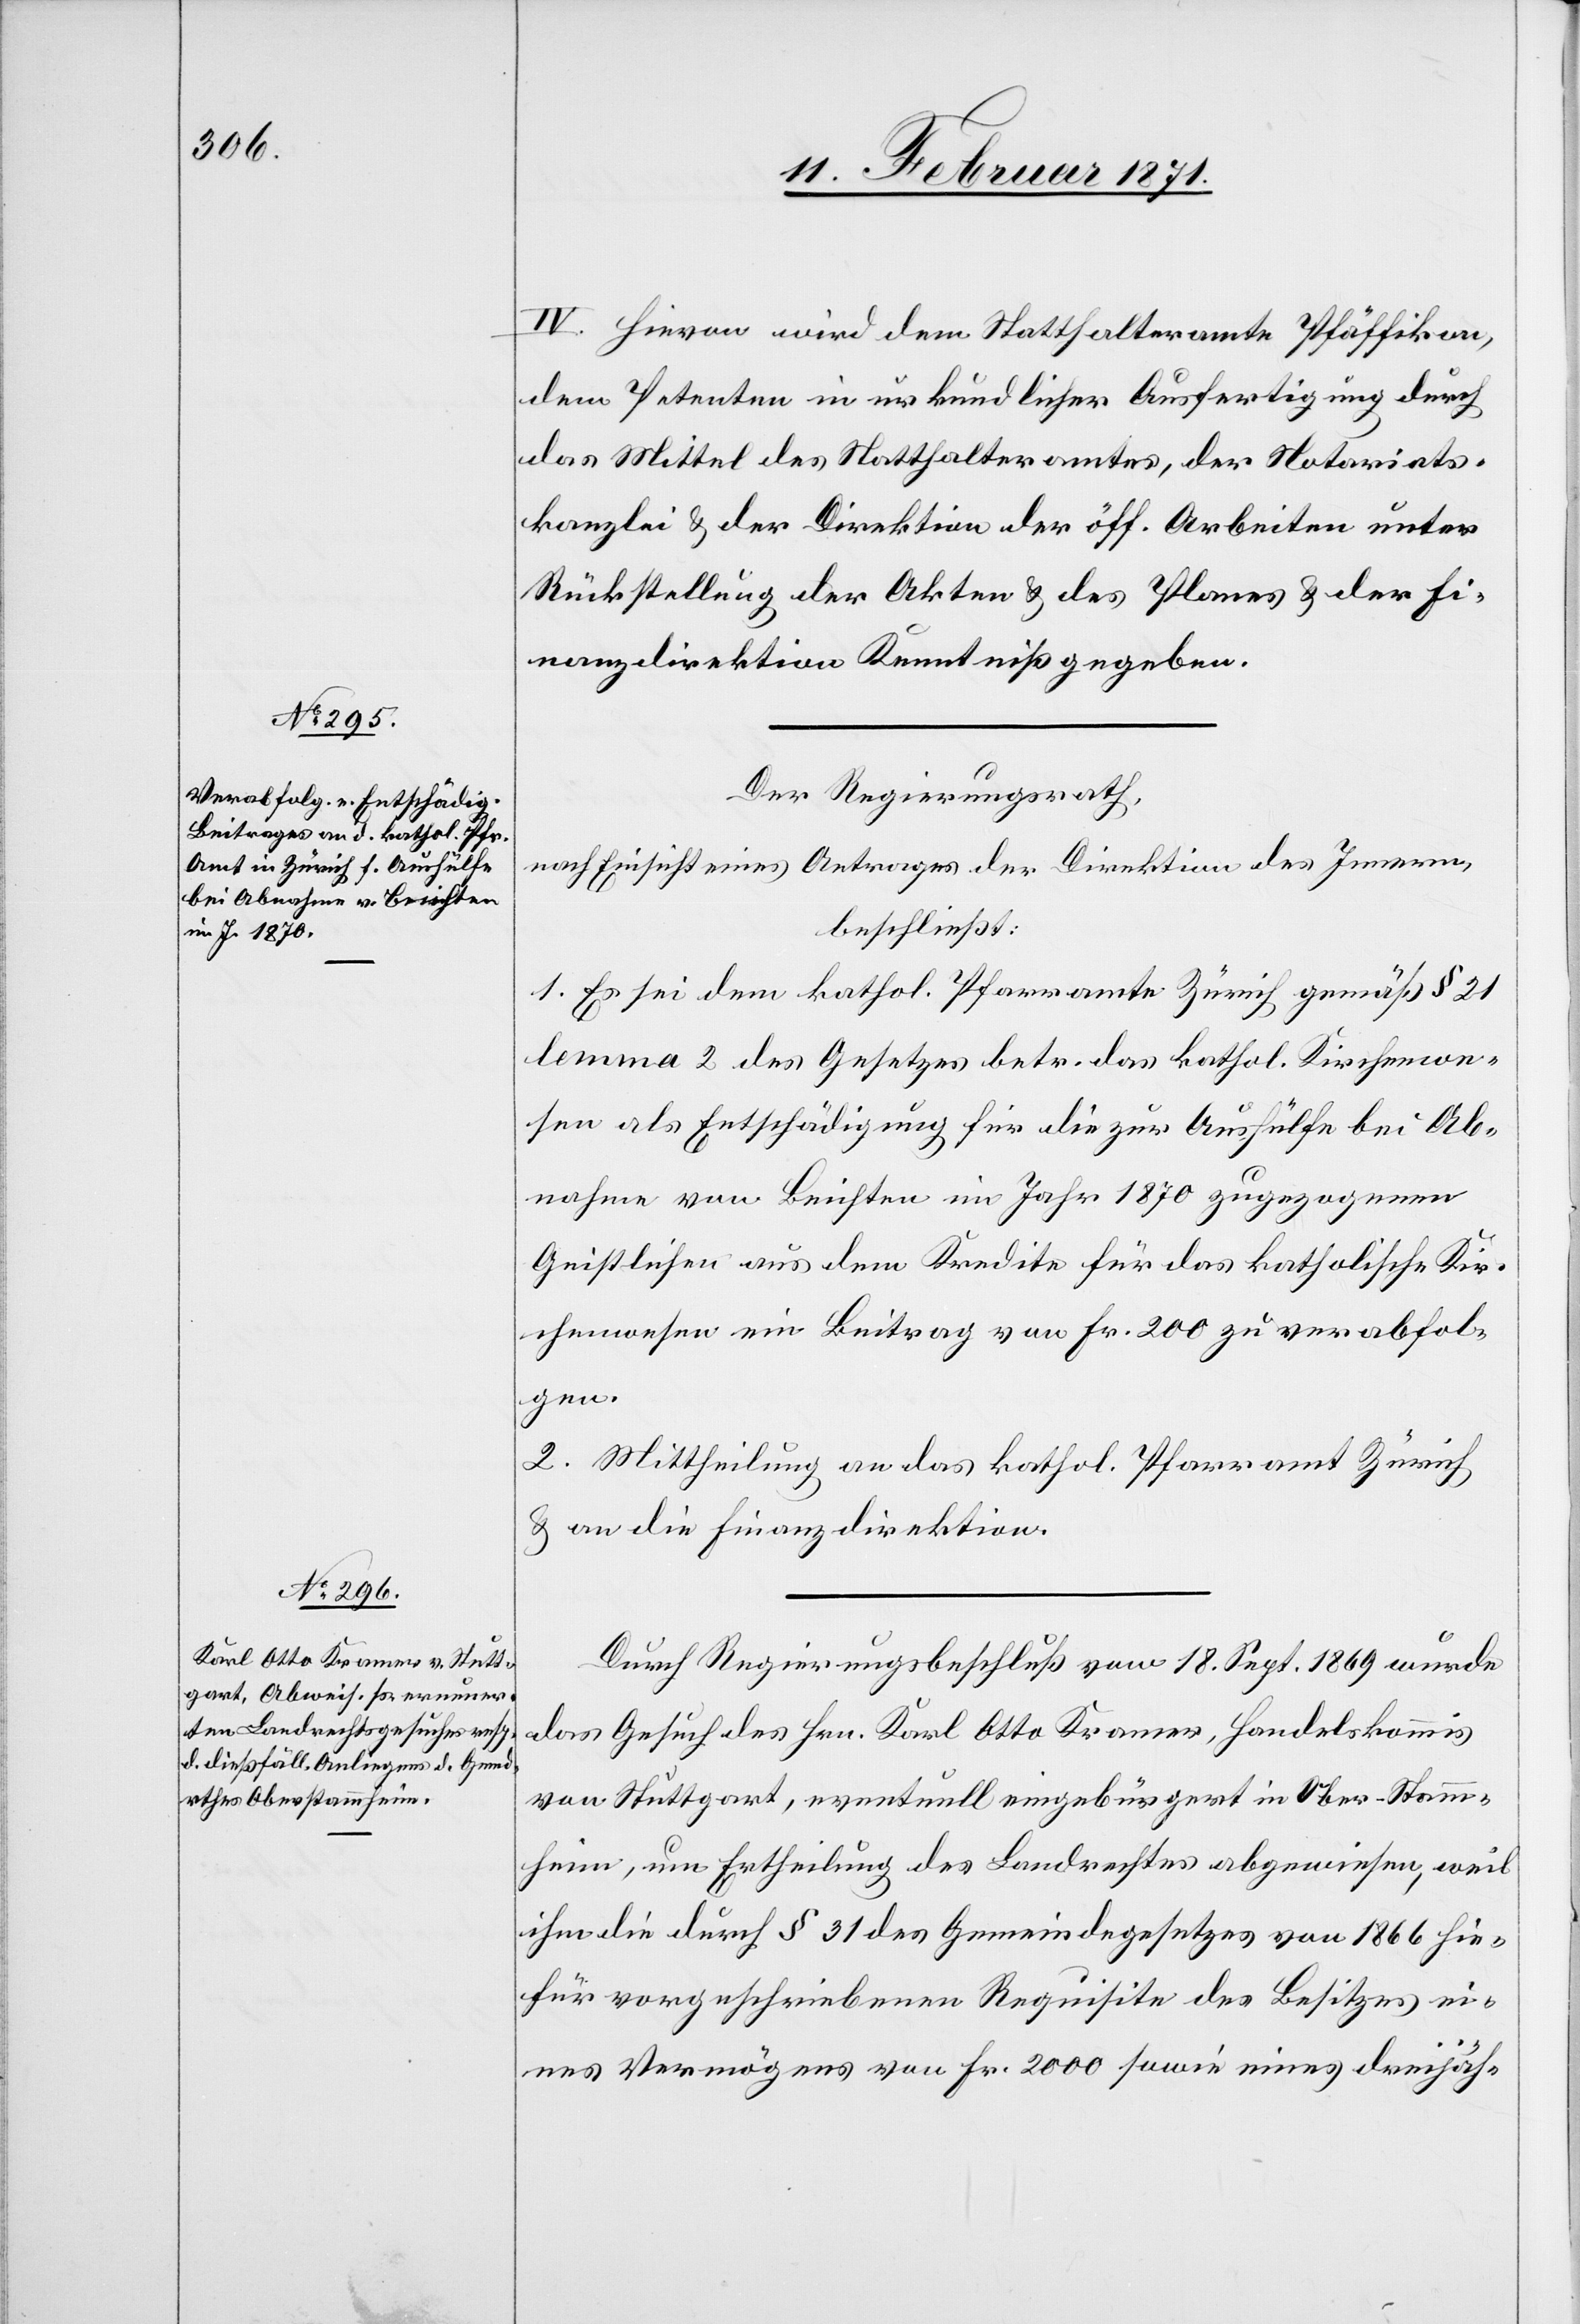
IV. Hievon wird dem Statthalteramt Pfäffikon,
dem Petenten in urkundlicher Ausfertigung durch
das Mittel des Statthalteramtes, der Notariats¬
kanzlei u. der Direktion der öff. Arbeiten unter
Rückstellung der Akten u. des Planes u. der Fi¬
nanzdirektion Kenntniß gegeben.
Der Regierungsrath,
nach Einsicht eines Antrages der Direktion des Innern,
beschließt:
1. Es sei dem kathol. Pfarramte Zürich gemäß § 21
lemma 2 des Gesetzes betr. das kathol. Kirchenwe¬
sen als Entschädigung für die zur Aushülfe bei Ab¬
nahme von Beichten im Jahr 1870 zugezogenen
Geistlichen aus dem Kredite für das katholische Kir¬
chenwesen ein Beitrag von Fr. 200 zu verabfol¬
gen.
2. Mittheilung an das kathol. Pfarramt Zürich
u. an die Finanzdirektion.
Durch Regierungsbeschluß vom 18. Sept. 1869 wurde
das Gesuch des Hrn. Karl Otto Kramer, Handelskommis
von Stuttgart, eventuell eingebürgert in Ober-Stamm¬
heim, um Ertheilung des Landrechtes abgewiesen, weil
ihm die durch § 31 des Gemeindegesetzes von 1866 hie¬
für vorgeschriebenen Requisite des Besitzes ei¬
nes Vermögens von Fr. 2000 sowie eines dreijäh-